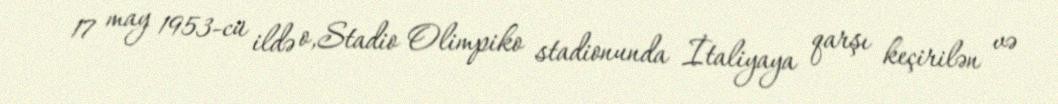
17 may 1953-cü ildə o,Stadio Olimpiko stadionunda İtaliyaya qarşı keçirilən və